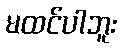
မထင်ပါဘူး